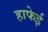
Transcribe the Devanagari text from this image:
हाफेई